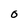
Character: 0